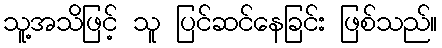
သူ့အသိဖြင့် သူ ပြင်ဆင်နေခြင်း ဖြစ်သည်။